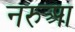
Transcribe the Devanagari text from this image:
नरुआ